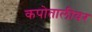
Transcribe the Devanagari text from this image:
कपोतालीवर